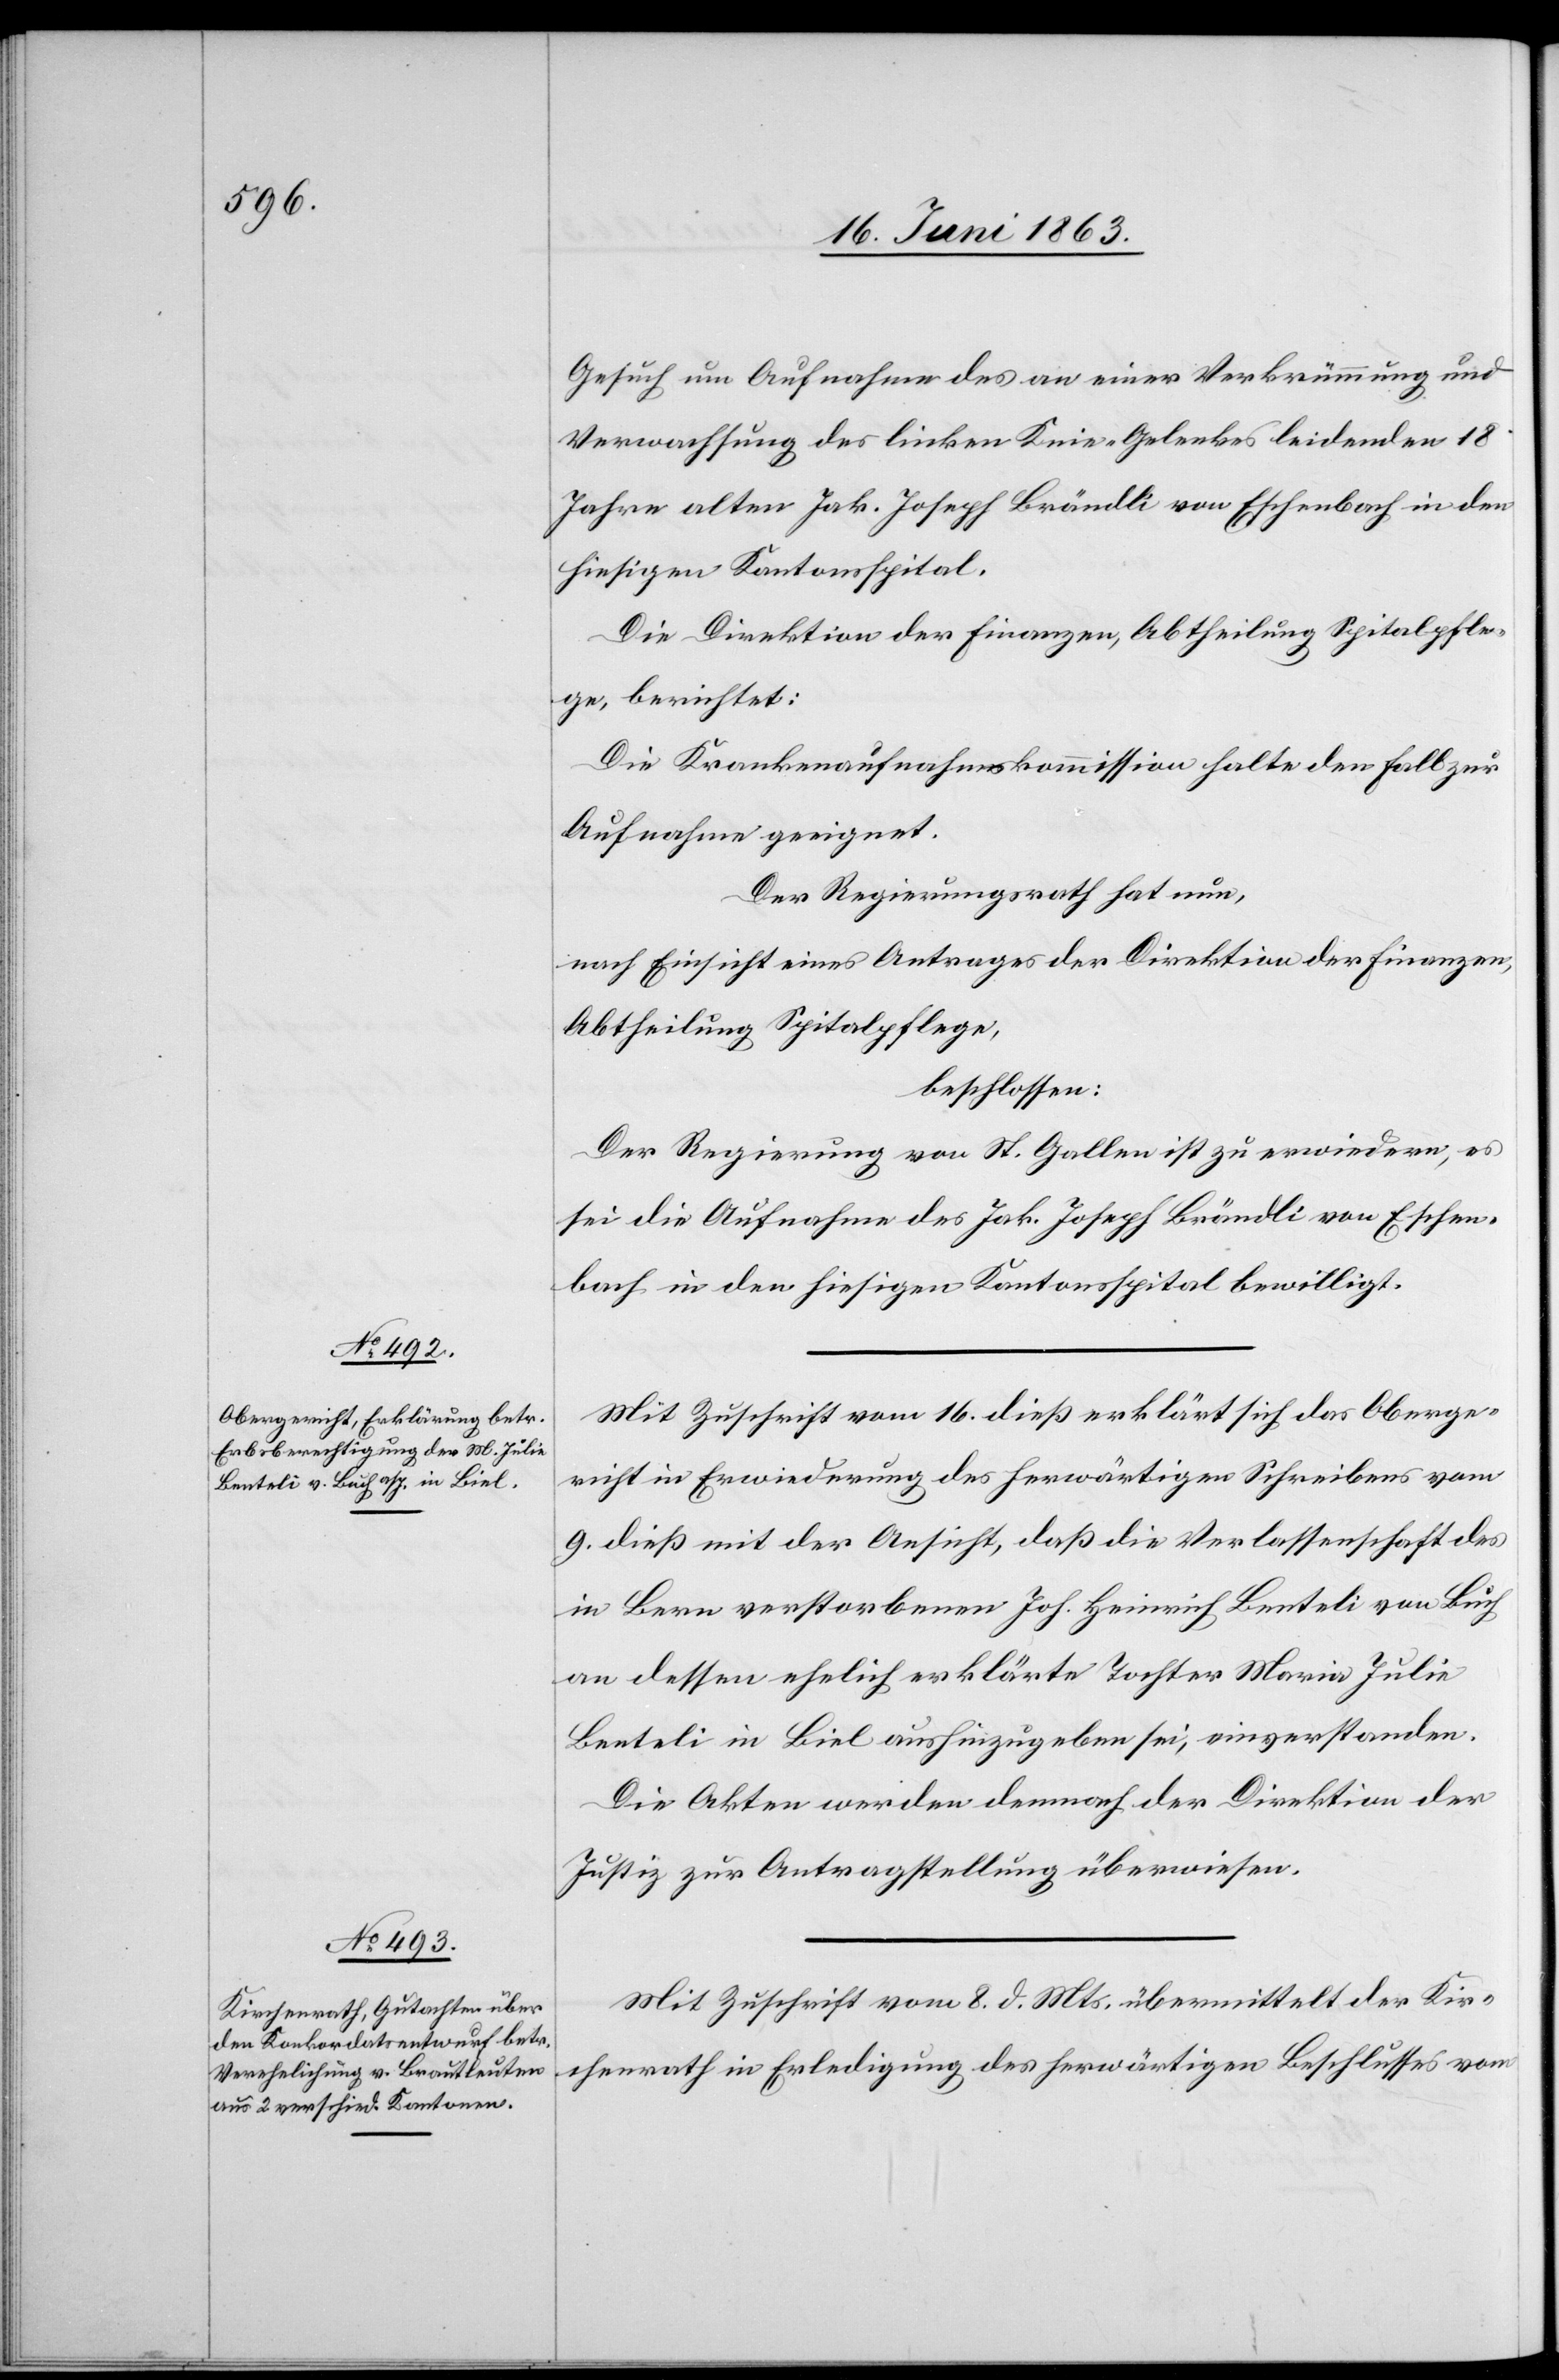
19. Juni 1863.]
Gesuch um Aufnahme des an einer Verkrümmung und
Verwachsung des linken Knie-Gelenkes leidenden 18
Jahre alten Jak. Joseph Brändli von Eschenbach in den
hiesigen Kantonsspital.
Die Direktion der Finanzen, Abtheilung Spitalpfle¬
ge, berichtet:
Die Krankenaufnahmskommission halte den Fall zur
Aufnahme geeignet.
Der Regierungsrath hat nun,
nach Einsicht eines Antrages der Direktion der Finanzen,
Abtheilung Spitalpflege,
beschlossen:
Der Regierung von St. Gallen ist zu erwiedern, es
sei die Aufnahme des Jak. Joseph Brändli von Eschen¬
bach in den hiesigen Kantonsspital bewilligt.
Mit Zuschrift vom 16. dieß erklärt sich das Oberge¬
richt in Erwiederung des herwärtigen Schreibens vom
9. dieß mit der Ansicht, daß die Verlassenschaft des
in Bern verstorbenen Joh. Heinrich Benteli von Buch
an dessen ehelich erklärte Tochter Maria Julie
Benteli in Biel aushinzugeben sei, einverstanden.
Die Akten werden demnach der Direktion der
Justiz zur Antragstellung überwiesen.
Mit Zuschrift vom 8. d. Mts. übermittelt der Kir¬
chenrath in Erledigung des herwärtigen Beschlusses vom